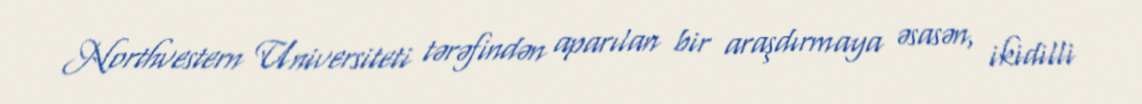
Northvestern Universiteti tərəfindən aparılan bir araşdırmaya əsasən, ikidilli